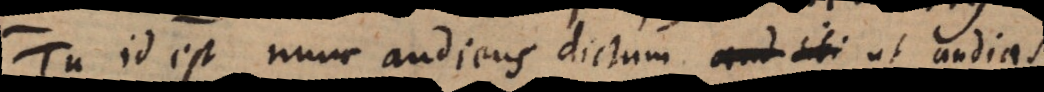
Tu id est nunc audiens dictum aud tibi